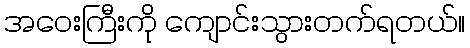
အဝေးကြီးကို ကျောင်းသွားတက်ရတယ်။